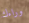
وراءك